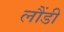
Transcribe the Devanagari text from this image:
लौंडी